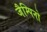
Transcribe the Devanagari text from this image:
जैम्पिनो